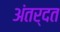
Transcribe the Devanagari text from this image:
अंतर्दत